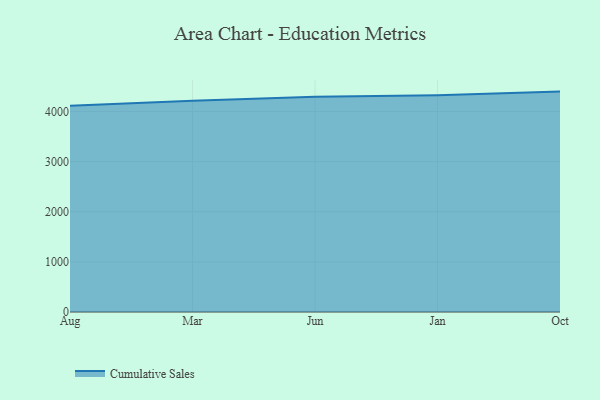
{"axis": {"x": "Month", "y": "Market Share (%)"}, "legend": ["Cumulative Sales"], "data": [{"x": "Aug", "y": 4112.7, "type": "Cumulative Sales"}, {"x": "Mar", "y": 4216.3, "type": "Cumulative Sales"}, {"x": "Jun", "y": 4294.8, "type": "Cumulative Sales"}, {"x": "Jan", "y": 4323.9, "type": "Cumulative Sales"}, {"x": "Oct", "y": 4396.7, "type": "Cumulative Sales"}]}